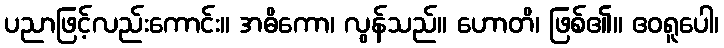
ပညာဖြင့်လည်းကောင်း။ အဓိကော၊ လွန်သည်။ ဟောတိ၊ ဖြစ်၏။ ဧဝရူပေါ၊